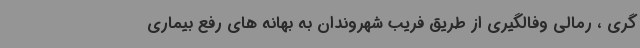
گری ، رمالی وفالگیری از طریق فریب شهروندان به بهانه های رفع بیماری